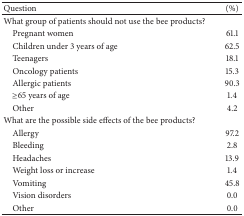
<table><thead><tr><td><b>Question</b></td><td><b>(%)</b></td></tr></thead><tbody><tr><td>What group of patients should not use the bee products?</td><td> </td></tr><tr><td> Pregnant women</td><td>61.1</td></tr><tr><td> Children under 3 years of age</td><td>62.5</td></tr><tr><td> Teenagers</td><td>18.1</td></tr><tr><td> Oncology patients</td><td>15.3</td></tr><tr><td> Allergic patients</td><td>90.3</td></tr><tr><td> ≥65 years of age</td><td>1.4</td></tr><tr><td> Other</td><td>4.2</td></tr><tr><td>What are the possible side effects of the bee products?</td><td> </td></tr><tr><td> Allergy</td><td>97.2</td></tr><tr><td> Bleeding</td><td>2.8</td></tr><tr><td> Headaches </td><td>13.9</td></tr><tr><td> Weight loss or increase</td><td>1.4</td></tr><tr><td> Vomiting</td><td>45.8</td></tr><tr><td> Vision disorders </td><td>0.0</td></tr><tr><td> Other</td><td>0.0</td></tr></tbody></table>